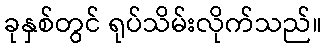
ခုနှစ်တွင် ရုပ်သိမ်းလိုက်သည်။